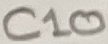
Text: C10